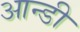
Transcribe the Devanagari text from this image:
आन्डी